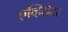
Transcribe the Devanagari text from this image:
एव्हियेटर